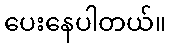
ပေးနေပါတယ်။